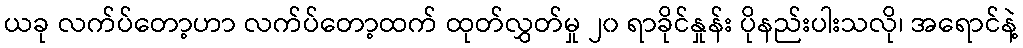
ယခု လက်ပ်တော့ဟာ လက်ပ်တော့ထက် ထုတ်လွှတ်မှု ၂၀ ရာခိုင်နှုန်း ပိုနည်းပါးသလို၊ အရောင်နဲ့